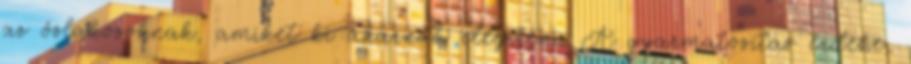
az őslakosoknak, amiket ki akarnak elégíteni. A gyarmatosítás érdeke,